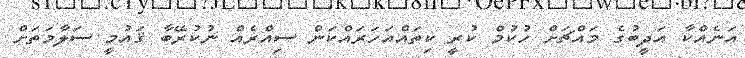
އަނެއްކާ އަދީބުގެ މައްޗަށް ހުކުމް ކުރީ ކިތައްއަހަރައްކަން ސިއްރެއް ނުކުރޭބާ ޤައުމީ ސަލާމަތަށް